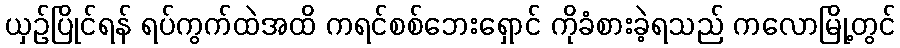
ယှဉ်ပြိုင်ရန် ရပ်ကွက်ထဲအထိ ကရင်စစ်ဘေးရှောင် ကိုခံစားခဲ့ရသည် ကလောမြို့တွင်